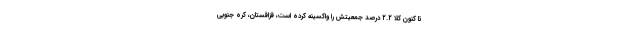
تا کنون کلا ۲.۲ درصد جمعیتش را واکسینه کرده است، قزاقستان، کره جنوبی